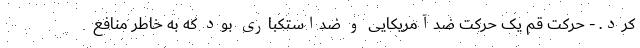
کرد. - حرکت قم یک حرکت ضدآمریکایی و ضداستکباری بود که به خاطر منافع